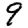
Digit: 9